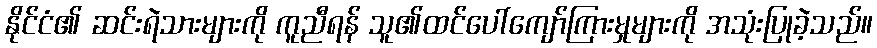
နိုင်ငံ၏ ဆင်းရဲသားများကို ကူညီရန် သူ၏ထင်ပေါ်ကျော်ကြားမှုများကို အသုံးပြုခဲ့သည်။